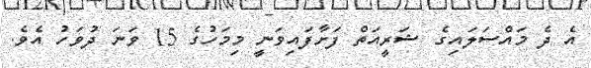
އެ ދެ މައްސަލައިގެ ޝަރީއަތް ފަށާފައިވަނީ މިމަހުގެ 15 ވަނަ ދުވަހު އެވެ.